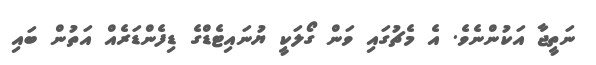
ނަތީޖާ އަކުންނެވެ. އެ މެޗުގައި ވަން ގޯލަކީ ޔުނައިޓެޑްގެ ޑިފެންޑަރެއް އަތުން ބައި